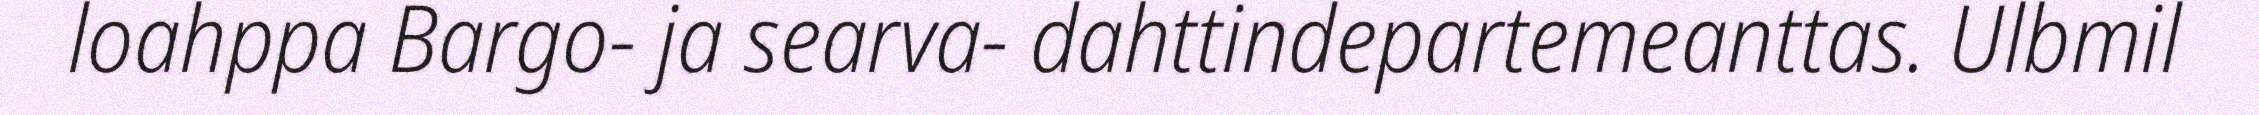
loahppa Bargo- ja searva- dahttindepartemeanttas. Ulbmil